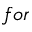
f o r